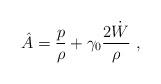
LaTeX: \begin{align*}\hat A= {{ p} \over { \rho}} +\gamma_0{{2 \dot W} \over { \rho}} \ ,\end{align*}